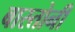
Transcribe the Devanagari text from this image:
बास्तोनी